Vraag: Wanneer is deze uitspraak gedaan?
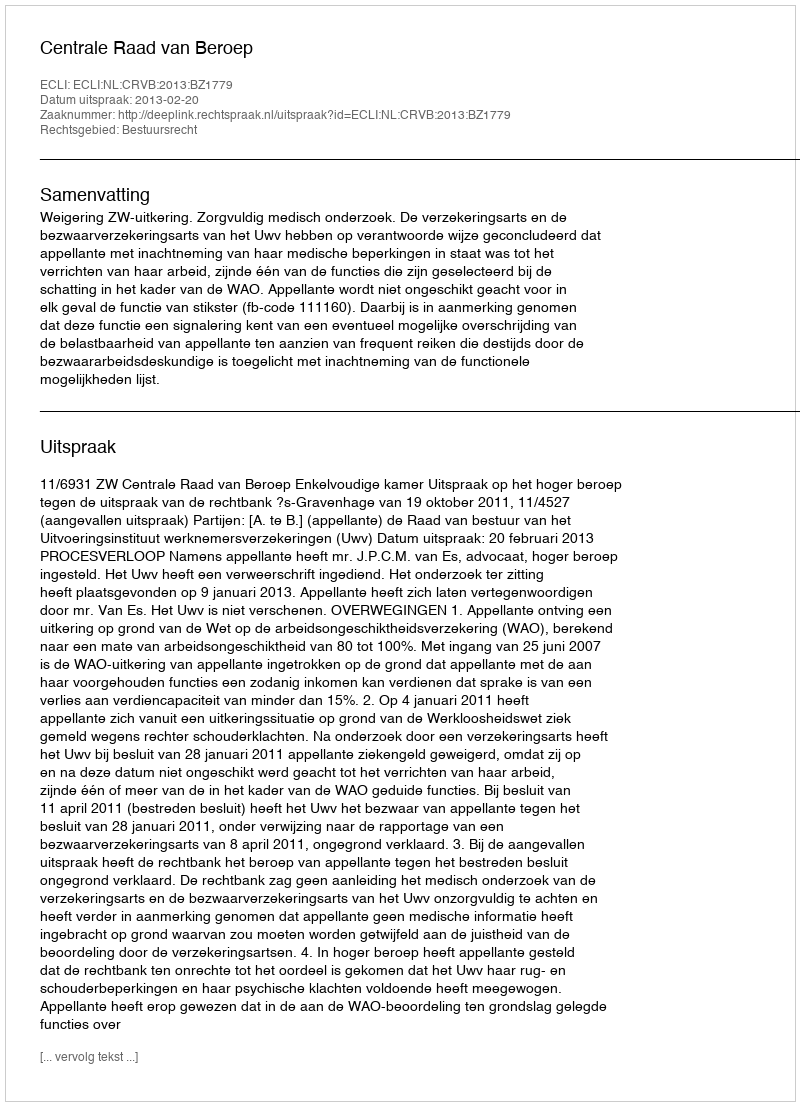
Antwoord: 2013-02-20